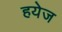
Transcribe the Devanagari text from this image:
हयेज